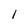
Character: l